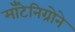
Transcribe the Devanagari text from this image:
माँटेनिग्रोने